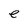
Character: e